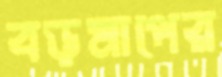
বড়মাপের